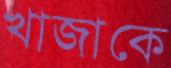
খাজাকে